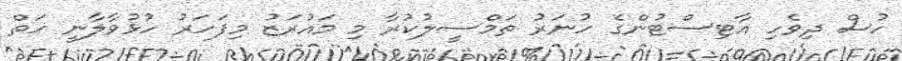
ހުސް ދިވެހި އާޓިސްޓުންގެ ހުނަރު ތަމްސީލުކުރާ މި މައުރަޒު މިފަހަރު ހުޅުވާލާނީ ހަތް